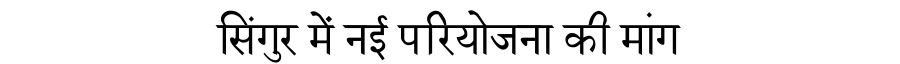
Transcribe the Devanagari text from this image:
सिंगुर में नई परियोजना की मांग